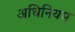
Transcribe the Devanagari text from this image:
अधिनियम